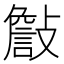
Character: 𣀁